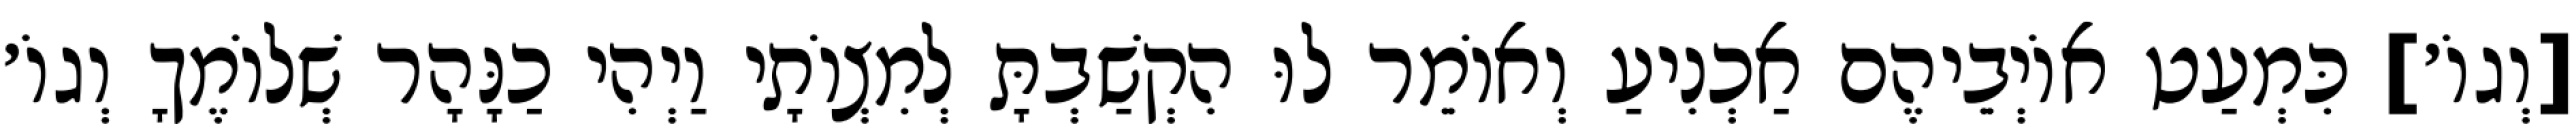
[וְגוֹ׳] כִּמְעַט אוֹיְבֵיהֶם אַכְנִיעַ וְאוֹמֵר לוּ הִקְשַׁבְתָּ לְמִצְוֹתָי וַיְהִי כַנָּהָר שְׁלוֹמֶךָ וְגוֹ׳